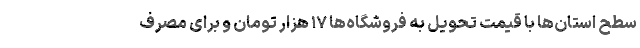
سطح استان‌ها با قیمت تحویل به فروشگاه‌ها ۱۷ هزار تومان و برای مصرف